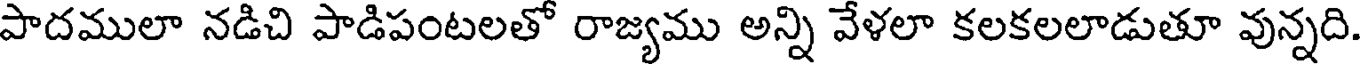
పాదములా నడిచి పాడిపంటలతో రాజ్యము అన్ని వేళలా కలకలలాడుతూ వున్నది